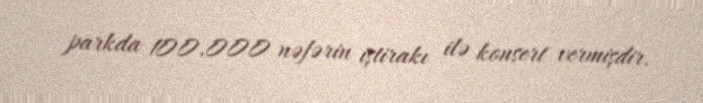
parkda 100.000 nəfərin iştirakı ilə konsert vermişdir.